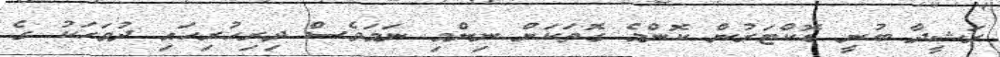
ރަޝީދާ ބުނީ ޑޮކްޓަރުން ކޮންމެ ގޮތަކަށް ނިންމި ނަމަވެސް ދިރިހުރިހައި ދުވަހަކު ގެ